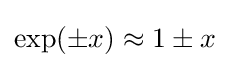
\exp(\pm x)\approx 1\pm x